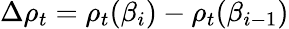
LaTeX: \Delta\rho_{t}=\rho_{t}(\beta_{i})-\rho_{t}(\beta_{i-1})